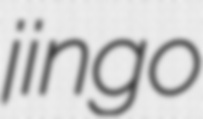
jingo